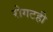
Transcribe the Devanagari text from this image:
रोगटही